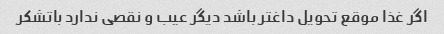
اگر غذا موقع تحویل داغتر باشد دیگر عیب و نقصی ندارد باتشکر